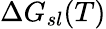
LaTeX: \Delta G_{sl}(T)